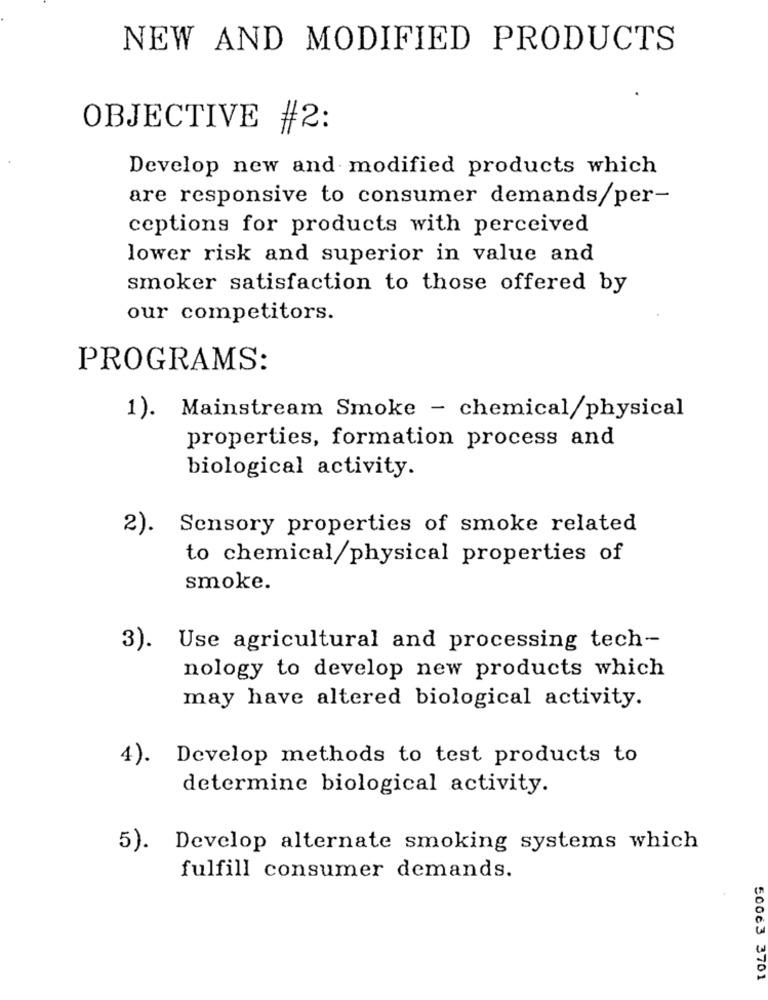
NEW AND MODIFIED PRODUCTS
OBJECTIVE #2:
Develop new and modified products which
are responsive to consumer demands/per-
ceptions for products with perceived
lower risk and superior in value and
smoker satisfaction to those offered by
our competitors.
PROGRAMS:
1). Mainstream Smoke - chemical/physical
properties, formation process and
biological activity.
2).
Sensory properties of smoke related
to chemical/physical properties of
smoke.
3). Use agricultural and processing tech-
nology to develop new products which
may have altered biological activity.
4).
Develop methods to test products to
determine biological activity.
5).
Develop alternate smoking systems which
fulfill consumer demands.
50063 3701